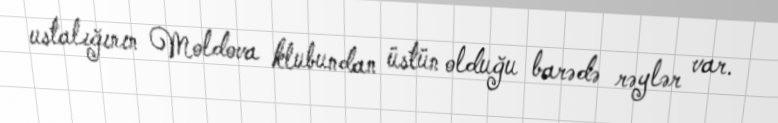
ustalığının Moldova klubundan üstün olduğu barədə rəylər var.